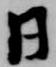
日